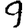
Digit: 9